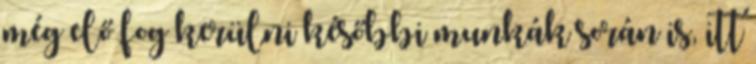
még elő fog kerülni későbbi munkák során is, itt